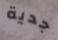
جدية